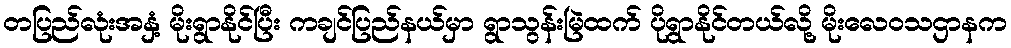
တပြည်လုံးအနှံ့ မိုးရွာနိုင်ပြီး ကချင်ပြည်နယ်မှာ ရွာသွန်းမြဲထက် ပိုရွာနိုင်တယ်လို့ မိုးလေဝသဌာနက